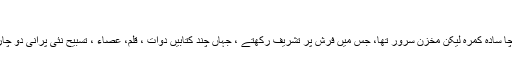
خاک نشینی :
آپ عالم دین پیر طریقت تھے اس کے باوجود سادہ طبیعت ، سادہ لباس ، سادہ مزاج ایک کچا سادہ کمرہ لیکن مخزن سرور تھا، جس میں فرش پر تشریف رکھتے ، جہاں چند کتابیں دوات ، قلم، عصاء ، تسبیح نئی پرانی دو چار رلیاں (سندھی چادر ) سے یہ کمرہ مزین تھا آپ کا تسبیح خانہ جو کہ ’’کل کائنات ‘‘تھا ۔